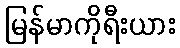
မြန်မာကိုရီးယား